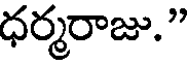
ధర్మరాజు."